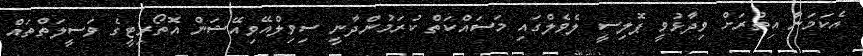
އެކަމަނާ އިތުރަށް ވިދާޅުވީ ޕޮލިސީ ލެވެލްގައި މަސައްކަތް ކުރަމުންދާނީ ސިވިލްއޭވިއޭޝަން އޮތޯރިޓީގެ ވަސީލަތްތައް